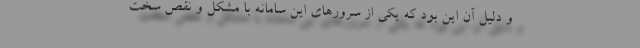
و دلیل آن این بود که یکی از سرورهای این سامانه با مشکل و نقص سخت